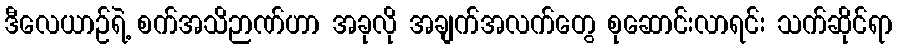
ဒီလေယာဉ်ရဲ့ စက်အသိဉာဏ်ဟာ အခုလို အချက်အလက်တွေ စုဆောင်းလာရင်း သက်ဆိုင်ရာ